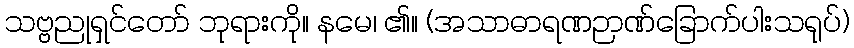
သဗ္ဗညုရှင်တော် ဘုရားကို။ နမေ၊ ၏။ (အသာဓာရဏဉာဏ်ခြောက်ပါးသရုပ်)